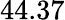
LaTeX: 44.37